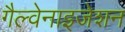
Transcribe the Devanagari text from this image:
गैल्वेनाइजेशन